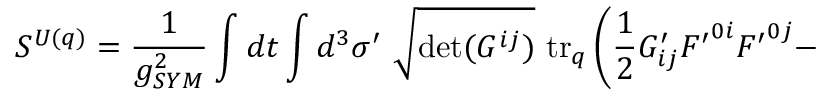
{ \cal S } ^ { U ( q ) } = \frac { 1 } { g _ { S Y M } ^ { 2 } } \int d t \int d ^ { 3 } \sigma ^ { \prime } ~ \sqrt { \operatorname * { d e t } ( G ^ { i j } ) } ~ \mathrm { t r } _ { q } \left( \frac { 1 } { 2 } G _ { i j } ^ { \prime } { \cal F ^ { \prime } } ^ { 0 i } { \cal F ^ { \prime } } ^ { 0 j } - \right.